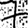
Digit: 7